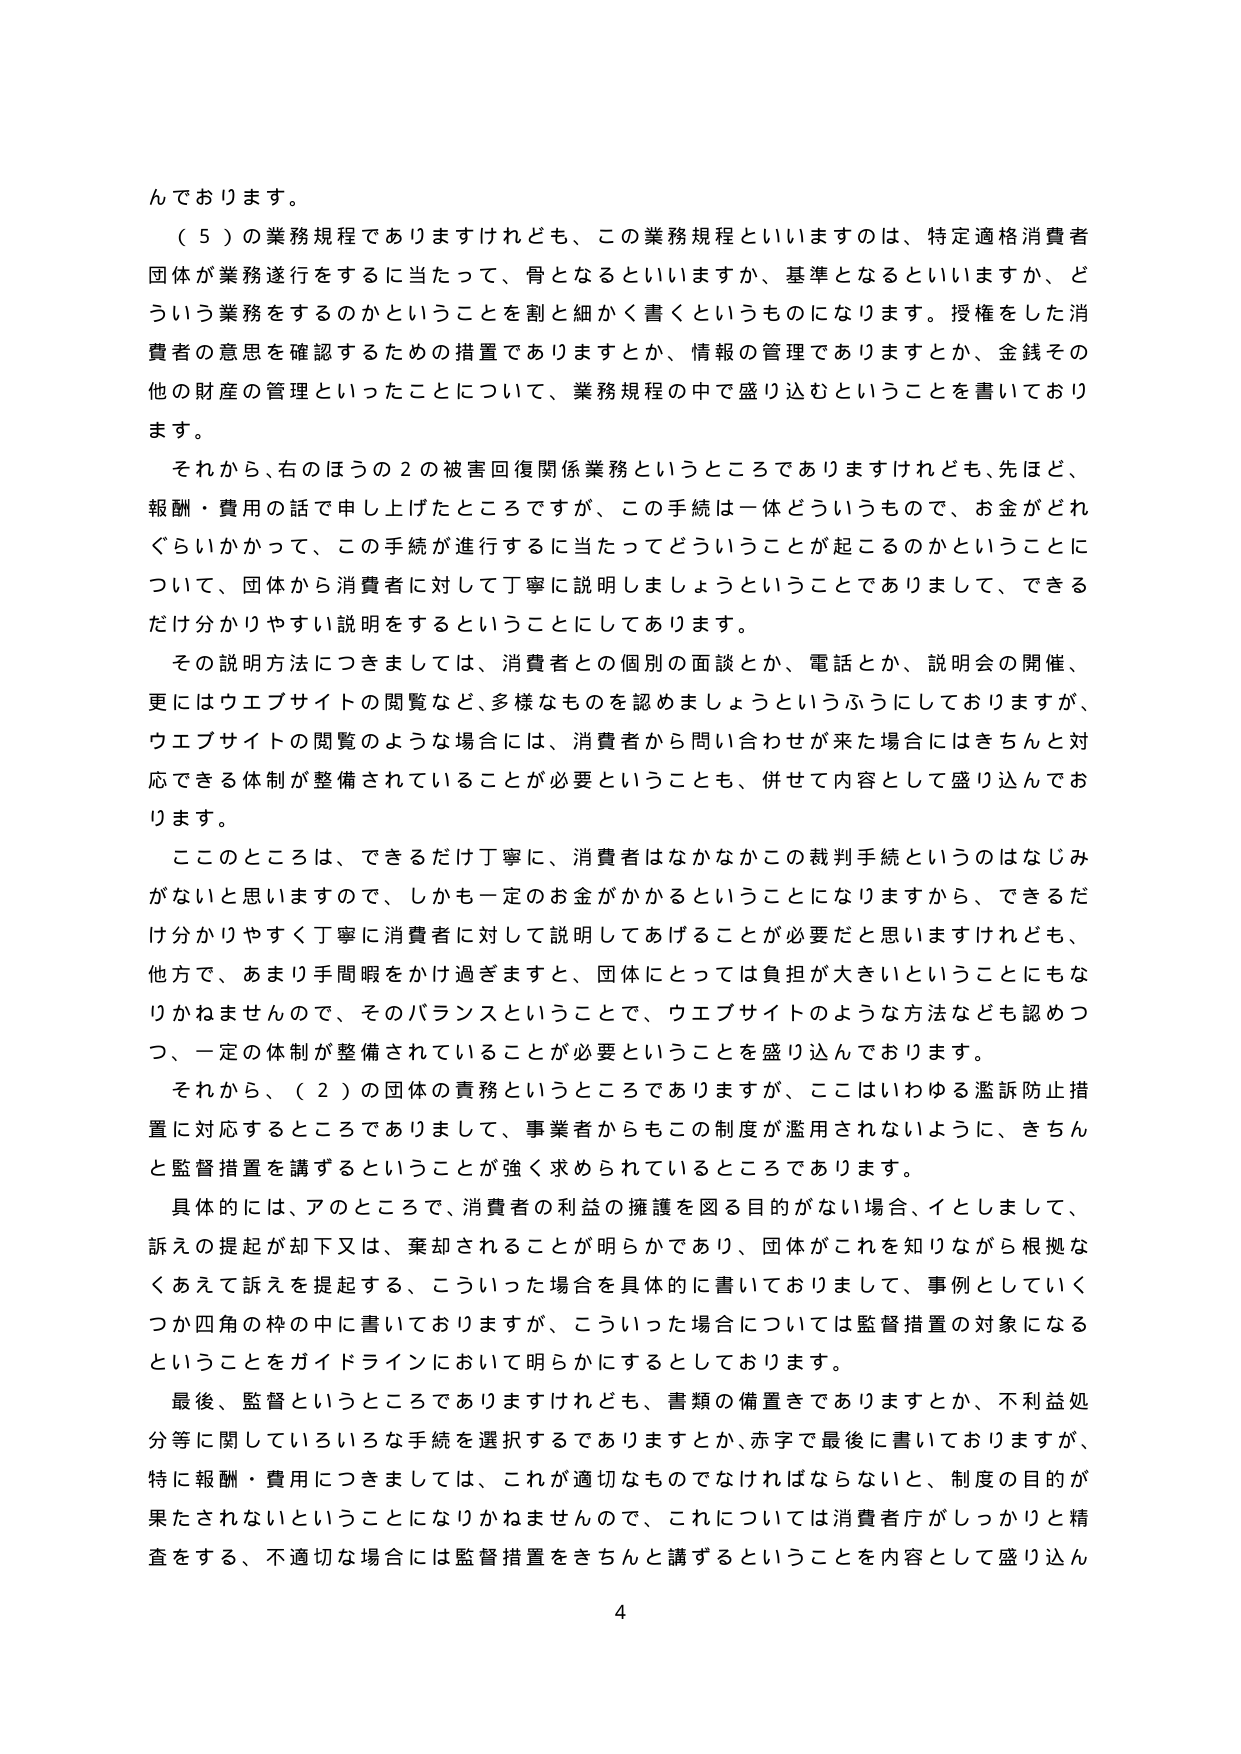
んでおります。

（５）の業務規程でありますけれども、この業務規程といいますのは、特定適格消費者団体が業務遂行をするに当たって、骨となるといいますか、基準となるといいますか、どういう業務をするのかということを割と細かく書くというものになります。授権をした消費者の意思を確認するための措置でありますとか、情報の管理でありますとか、金銭その他の財産の管理といったことについて、業務規程の中で盛り込むということを書いております。

それから、右のほうの２の被害回復関係業務というところでありますけれども、先ほど、報酬・費用の話で申し上げたところですが、この手続は一体どういうもので、お金がどれぐらいかかって、この手続が進行するに当たってどういうことが起こるのかということについて、団体から消費者に対して丁寧に説明しましょうということでありますして、できるだけ分かりやすい説明をするということにしてあります。

その説明方法につきましては、消費者との個別の面談とか、電話とか、説明会の開催、更にはウェブサイトの閲覧など、多様なものを認めましょうというふうにしておりますが、ウェブサイトの閲覧のような場合には、消費者から問い合わせが来た場合にはきちんと対応できる体制が整備されていることが必要ということも、併せて内容として盛り込んでおります。

このところは、できるだけ丁寧に、消費者はなかなかこの裁判手続というのはなじみがないと思いますので、しかも一定のお金がかかるということになりますから、できるだけ分かりやすく丁寧に消費者に対して説明してあげることが必要だと思いますけれども、他方で、あまり手間暇をかけ過ぎますと、団体にとっては負担が大きいということにもなりかねませんので、そのバランスということで、ウェブサイトのような方法なども認めつつ、一定の体制が整備されていることが必要ということを盛り込んでおります。

それから、（２）の団体の責務というところでありますが、ここはいわゆる濫訴防止措置に対応するところでありまして、事業者からもこの制度が濫用されないように、きちんと監督措置を講ずるということが強く求められているところであります。

具体的には、アのところで、消費者の利益の擁護を図る目的がない場合、イとしまして、訴えの提起が却下又は、棄却されることが明らかであり、団体がこれを知りながら根拠なくあえて訴えを提起する、こういった場合を具体的に書いておりまして、事例としていくつか四角の枠の中に書いておりますが、こういった場合については監督措置の対象になるということをガイドラインにおいて明らかにするとしております。

最後、監督というところでありますけれども、書類の備置きでありますとか、不利益処分等に関しているいろいろな手続を選択するでありますとか、赤字で最後に書いておりますが、特に報酬・費用につきましては、これが適切なものでなければならないと、制度の目的が果たされないということになりかねませんので、これについては消費者庁がしっかりと精査をする、不適切な場合には監督措置をきちんと講ずるということを内容として盛り込ん

4